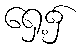
ရှေ့၌